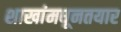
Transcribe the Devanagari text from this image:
शाखांमधूनतयार